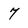
Character: 7